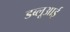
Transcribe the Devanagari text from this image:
डब्लूआई